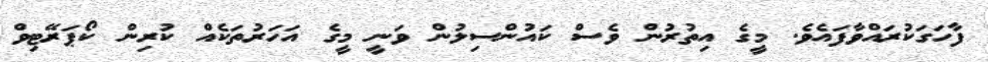
ފާހަގަކުރައްވާފައެވެ. މީގެ އިތުރުން ވެސް ކައުންސިލުން ވަނީ މީގެ އަހަރުތަކެއް ކުރިން ކޯޕަރޭޓިވް